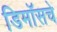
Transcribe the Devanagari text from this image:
डिमॉसचे